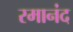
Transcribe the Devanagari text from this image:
रमानंद